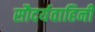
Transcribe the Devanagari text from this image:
सौदर्यवाहिनी